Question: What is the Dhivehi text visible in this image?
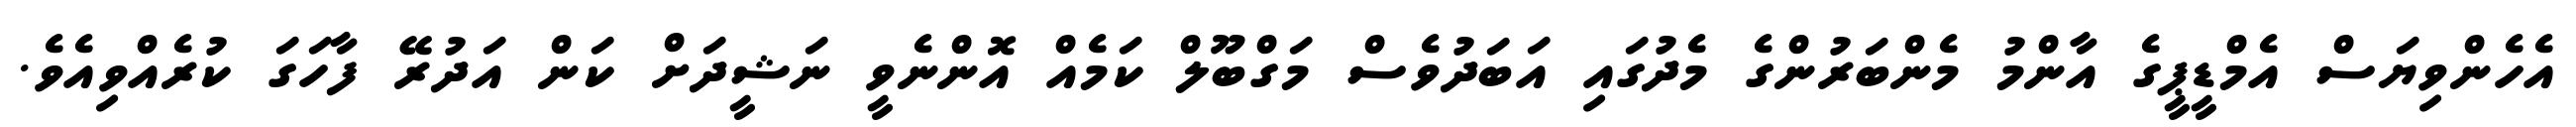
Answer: އެހެންވިޔަސް އެމްޑީޕީގެ އާންމު މެންބަރުންގެ މެދުގައި އަބަދުވެސް މަގްބޫލް ކަމެއް އޮންނެވީ ނަޝީދަށް ކަން އަދުރޭ ފާހަގަ ކުރެއްވިއެވެ.